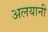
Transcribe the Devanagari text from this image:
अलयानी